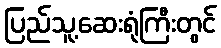
ပြည်သူ့ဆေးရုံကြီးတွင်